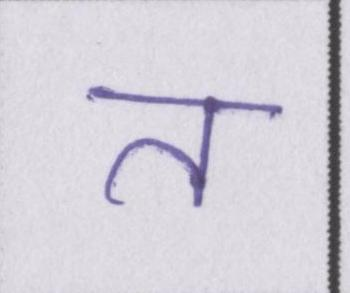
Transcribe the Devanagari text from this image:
त